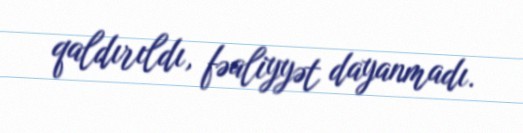
qaldırıldı, fəaliyyət dayanmadı.